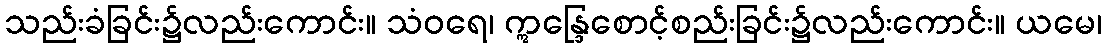
သည်းခံခြင်း၌လည်းကောင်း။ သံဝရေ၊ ဣန္ဒြေစောင့်စည်းခြင်း၌လည်းကောင်း။ ယမေ၊